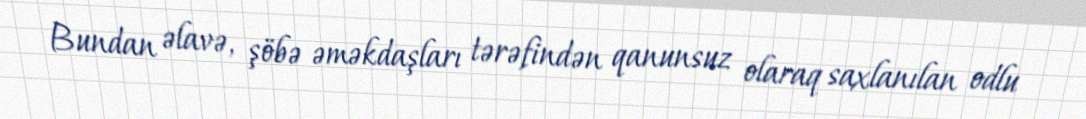
Bundan əlavə, şöbə əməkdaşları tərəfindən qanunsuz olaraq saxlanılan odlu